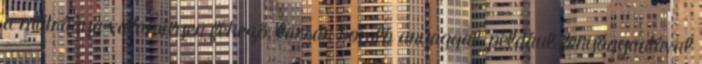
a műtrágya valamilyen fékező, lassan bomló anyaggal, például fenyőgyantával